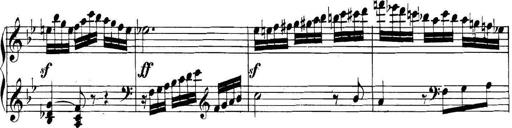
Title: Collected Piano Sonatas
Composer: Muzio Clementi